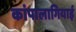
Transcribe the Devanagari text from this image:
कांपालागियाई